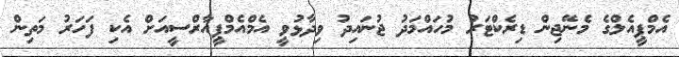
އެމްޕީއެލްގެ މެނޭޖިން ޑިރެކްޓަރު މުހައްމަދު ޖުނައިދު ވިދާޅުވީ އެމްއެމްޕީއާރްސީއަށް އެކި ފަހަރު މަތިން